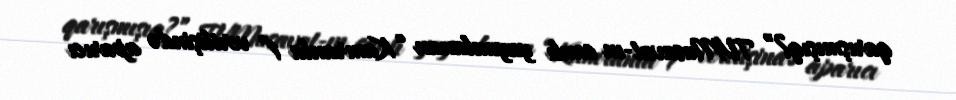
qarışmışıq?” TVMusavat-ın canlı yayımlanan “Kamranla 1” verilişində aparıcı